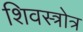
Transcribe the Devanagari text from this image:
शिवस्त्रोत्र